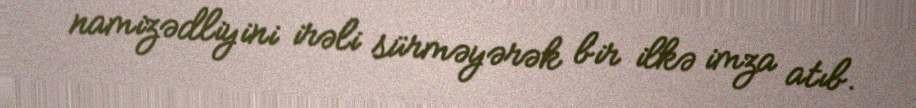
namizədliyini irəli sürməyərək bir ilkə imza atıb.